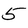
Character: 5